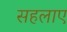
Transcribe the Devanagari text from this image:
सहलाए